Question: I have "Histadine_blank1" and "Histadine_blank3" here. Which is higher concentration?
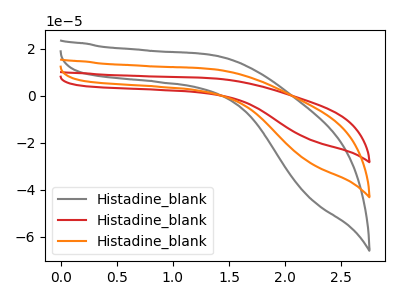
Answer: <think>The gray curve "Histadine_blank1" has no peaks. The red curve "Histadine_blank2" has no peaks. The orange curve "Histadine_blank3" has no peaks.
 Neither "Histadine_blank1" or "Histadine_blank3" have any peaks.</think>
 <answer>I cant tell if "Histadine_blank1" or "Histadine_blank3" has higher concentration.</answer>
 <eval>mixed_concentration</eval>